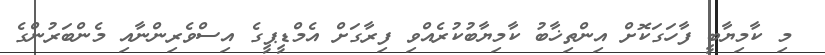
މި ކާމިޔާބީ ފާހަގަކޮށް އިންތިޚާބު ކާމިޔާބުކުރެއްވި ފިރާގަށް އެމްޑީޕީގެ އިސްވެރިންނާއި މެންބަރުންގެ